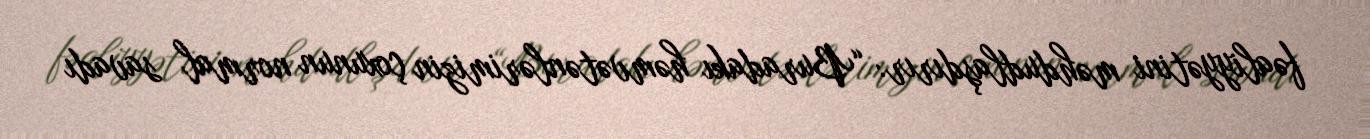
fəaliyyətini məhdudlaşdırır: “Buradakı həmvətənlərimizin çoxunun normal savadı